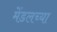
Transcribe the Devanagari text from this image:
मेंडलच्या